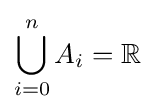
\bigcup _{i=0}^{n}A_{i}=\mathbb {R}